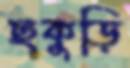
ছকুড়ি